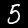
Label: 5